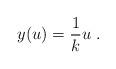
LaTeX: \begin{align*} y(u)=\frac{1}{k}u \;.\end{align*}